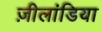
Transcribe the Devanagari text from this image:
ज़ीलांडिया